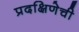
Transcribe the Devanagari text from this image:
प्रदक्षिणेची